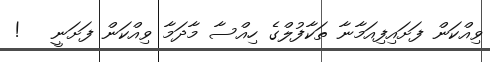
ވިއްކަން ފަށައިފިއަމާނާ ތަކާފުލްގެ ހިއްސާ މާދަމާ ވިއްކަން ފަށަނީ   !